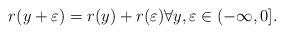
LaTeX: \begin{align*}r(y+\varepsilon)=r(y)+r(\varepsilon) \forall y,\varepsilon \in (-\infty,0].\end{align*}